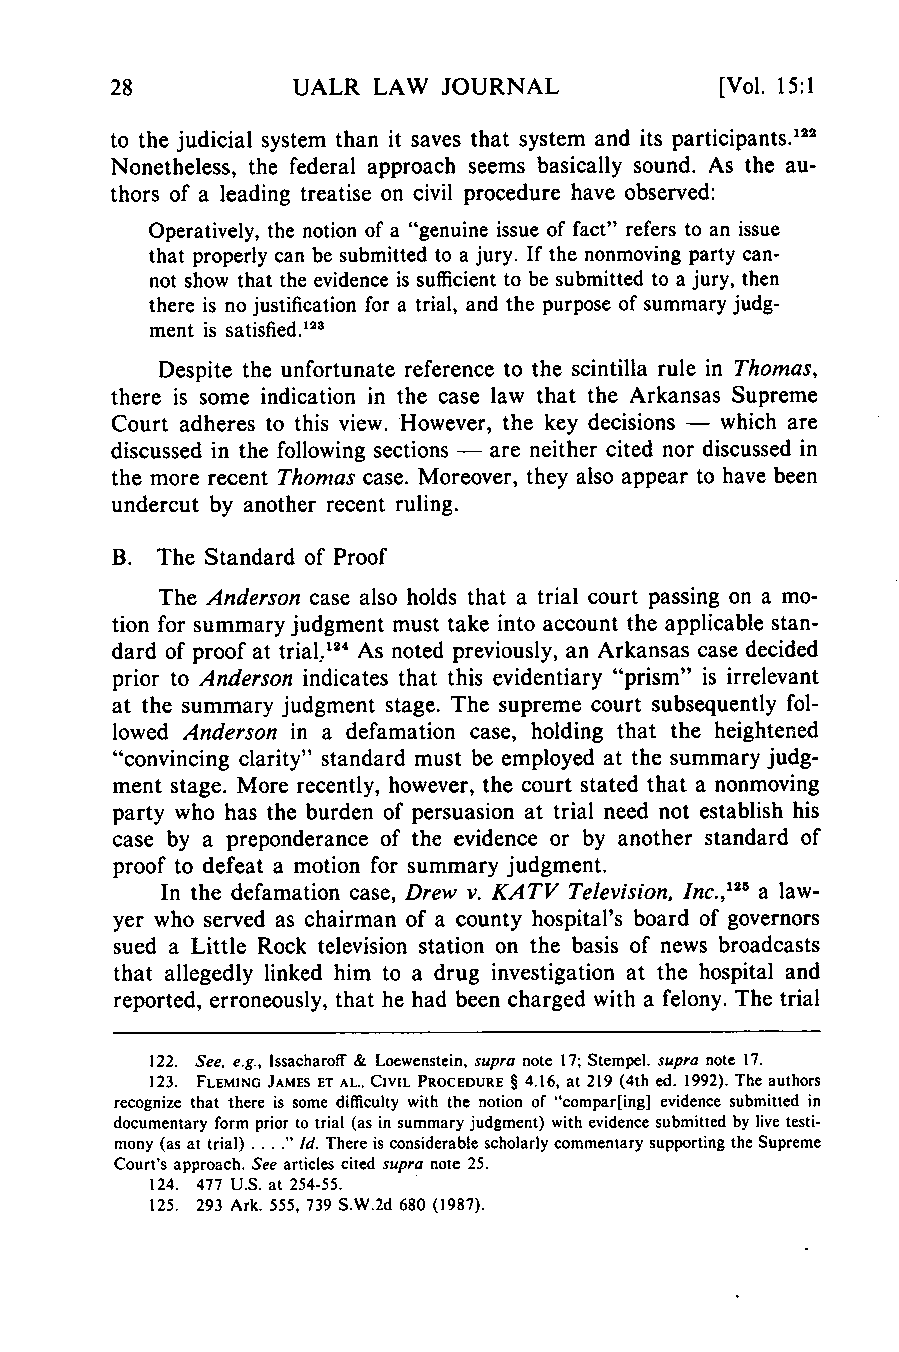
UALR  LAW JOURNAL            [Vol. 15:1
 to the judicial system than it saves that system and its participants.22
 Nonetheless, the federal approach seems basically sound. As the au-
 thors of a leading treatise on civil procedure have observed:
 Operatively, the notion of a "genuine issue of fact" refers to an issue
 that properly can be submitted to a jury. If the nonmoving party can-
 not show that the evidence is sufficient to be submitted to a jury, then
 there is no justification for a trial, and the purpose of summary judg-
 ment is
 satisfied.123
 Despite the unfortunate reference to the scintilla rule in Thomas,
 there is some indication in the case law that the Arkansas Supreme
 Court adheres to this view. However, the key decisions - which are
 discussed in the following sections - are neither cited nor discussed in
 the more recent Thomas case. Moreover, they also appear to have been
 undercut by another recent ruling.
 B. The Standard of Proof
 The Anderson case also holds that a trial court passing on a mo-
 tion for summary judgment must take into account the applicable stan-
 dard of proof at trial.124 As noted previously, an Arkansas case decided
 prior to Anderson indicates that this evidentiary "prism" is irrelevant
 at the summary judgment stage. The supreme court subsequently fol-
 lowed Anderson in a defamation case, holding that the heightened
 "convincing clarity" standard must be employed at the summary judg-
 ment stage. More recently, however, the court stated that a nonmoving
 party who has the burden of persuasion at trial need not establish his
 case by a preponderance of the evidence or by another standard of
 proof to defeat a motion for summary judgment.
 In the defamation case, Drew v. KATV Television, Inc.,125 a law-
 yer who served as chairman of a county hospital's board of governors
 sued a Little Rock television station on the basis of news broadcasts
 that allegedly linked him to a drug investigation at the hospital and
 reported, erroneously, that he had been charged with a felony. The trial
 122. See, e.g., Issacharoff & Loewenstein, supra note 17; Stempel. supra note 17.
 123. FLEMING JAMES ET AL.. CIVIL PROCEDURE § 4.16, at 219 (4th ed. 1992). The authors
 recognize that there is some difficulty with the notion of "compar[ing] evidence submitted in
 documentary form prior to trial (as in summary judgment) with evidence submitted by live testi-
 mony (as at trial) ..... Id. There is considerable scholarly commentary supporting the Supreme
 Court's approach. See articles cited supra note 25.
 124. 477 U.S. at 254-55.
 125. 293 Ark. 555, 739 S.W.2d 680 (1987).